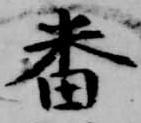
番